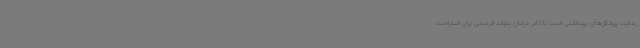
رعایت پروتکل‌های بهداشتی است تا کادر درمان بتواند فرصتی برای استراحت